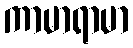
ကာမာရာမာ